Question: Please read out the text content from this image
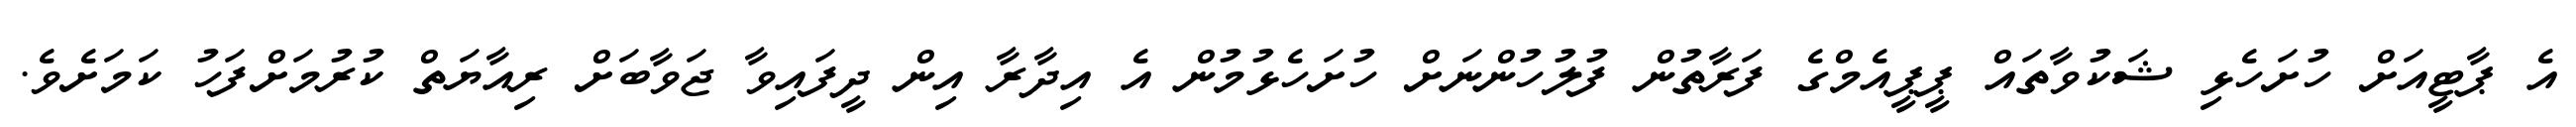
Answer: އެ ޕާޓީއަށް ހުށަހެޅި ޝަކުވާތައް ޕީޕީއެމްގެ ފަރާތުން ފުލުހުންނަށް ހުށަހެޅުމުން އެ އިދާރާ އިން ދީފައިވާ ޖަވާބަށް ރިއާޔަތް ކުރުމަށްފަހު ކަމަށެވެ.